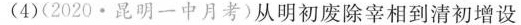
(4)(2020·昆明一中月考)从明初废除宰相到清初增设